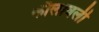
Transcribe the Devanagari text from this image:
कौलावली